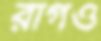
রাগও